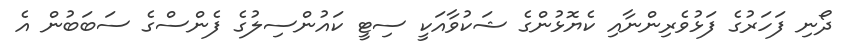
ދޯނި ފަހަރުގެ ފަޅުވެރިންނާއި ކެޔޮޅުންގެ ޝަކުވާއަކީ ސިޓީ ކައުންސިލުގެ ފެންސްގެ ސަބަބުން އެ